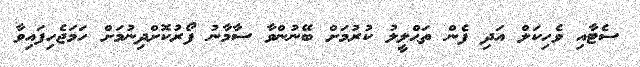
ސެޓާއި ވެހިކަލް އަދި ފެން ތަޙްލީލު ކުރުމަށް ބޭނުންވާ ސާމާނު ފޯރުކޮށްދިނުމަށް ހަމަޖެހިފައިވާ